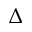
\Delta